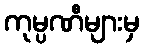
ကုမ္ပဏီများမှ